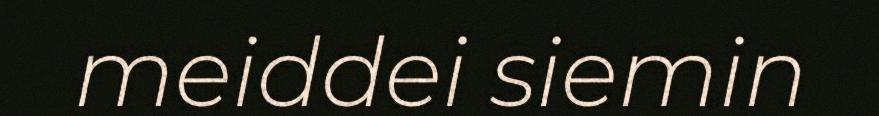
meiddei siemin